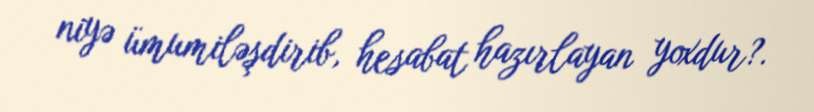
niyə ümumiləşdirib, hesabat hazırlayan yoxdur?.